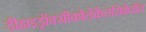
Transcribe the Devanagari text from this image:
डीहाइड्रॉक्सीकोलेकैलसिफ़ेरॉल